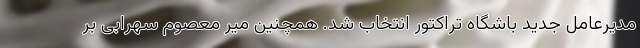
مدیرعامل جدید باشگاه تراکتور انتخاب شد. همچنین میر معصوم سهرابی بر